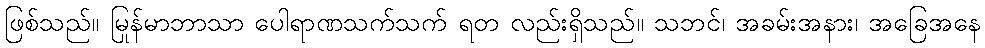
ဖြစ်သည်။ မြန်မာဘာသာ ပေါရာဏသက်သက် ရတု လည်းရှိသည်။ သဘင်၊ အခမ်းအနား၊ အခြေအနေ